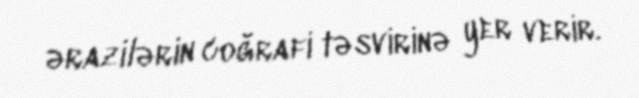
ərazilərin coğrafi təsvirinə yer verir.